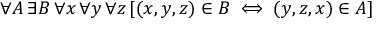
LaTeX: \forall A \, \exists B \, \forall x \, \forall y \, \forall z \, [ ( x , y , z ) \in B \iff ( y , z , x ) \in A ]